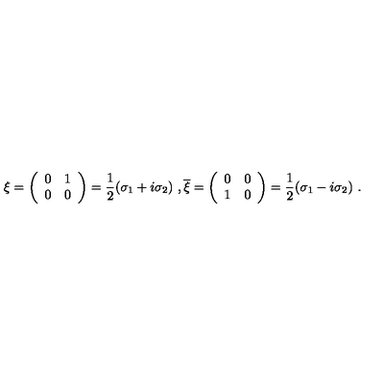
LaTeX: \xi = \left( \begin{array} { c c } { 0 } & { 1 } \\ { 0 } & { 0 } \\ \end{array} \right) = \frac { 1 } { 2 } ( \sigma _ { 1 } + i \sigma _ { 2 } ) \ , \overline { { \xi } } = \left( \begin{array} { c c } { 0 } & { 0 } \\ { 1 } & { 0 } \\ \end{array} \right) = \frac { 1 } { 2 } ( \sigma _ { 1 } - i \sigma _ { 2 } ) \ .